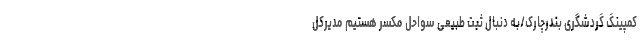
کمپینگ گردشگری بندرچارک/به دنبال ثبت طبیعی سواحل مکسر هستیم مدیرکل